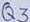
Text: Q3